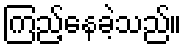
ကြည့်နေခဲ့သည်။